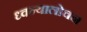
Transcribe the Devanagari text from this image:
ध्वन्यालोचन